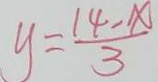
y = \frac { 1 4 - x } { 3 }